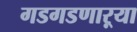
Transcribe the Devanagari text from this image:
गडगडणाऱ्या